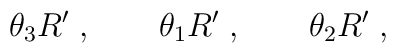
\theta_3 R^\prime \; , \qquad \theta_1 R^\prime \; , \qquad \theta_2 R^\prime \; ,